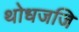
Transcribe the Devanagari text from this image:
थोधजजि